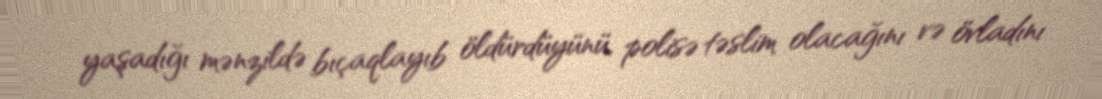
yaşadığı mənzildə bıçaqlayıb öldürdüyünü, polisə təslim olacağını və övladını